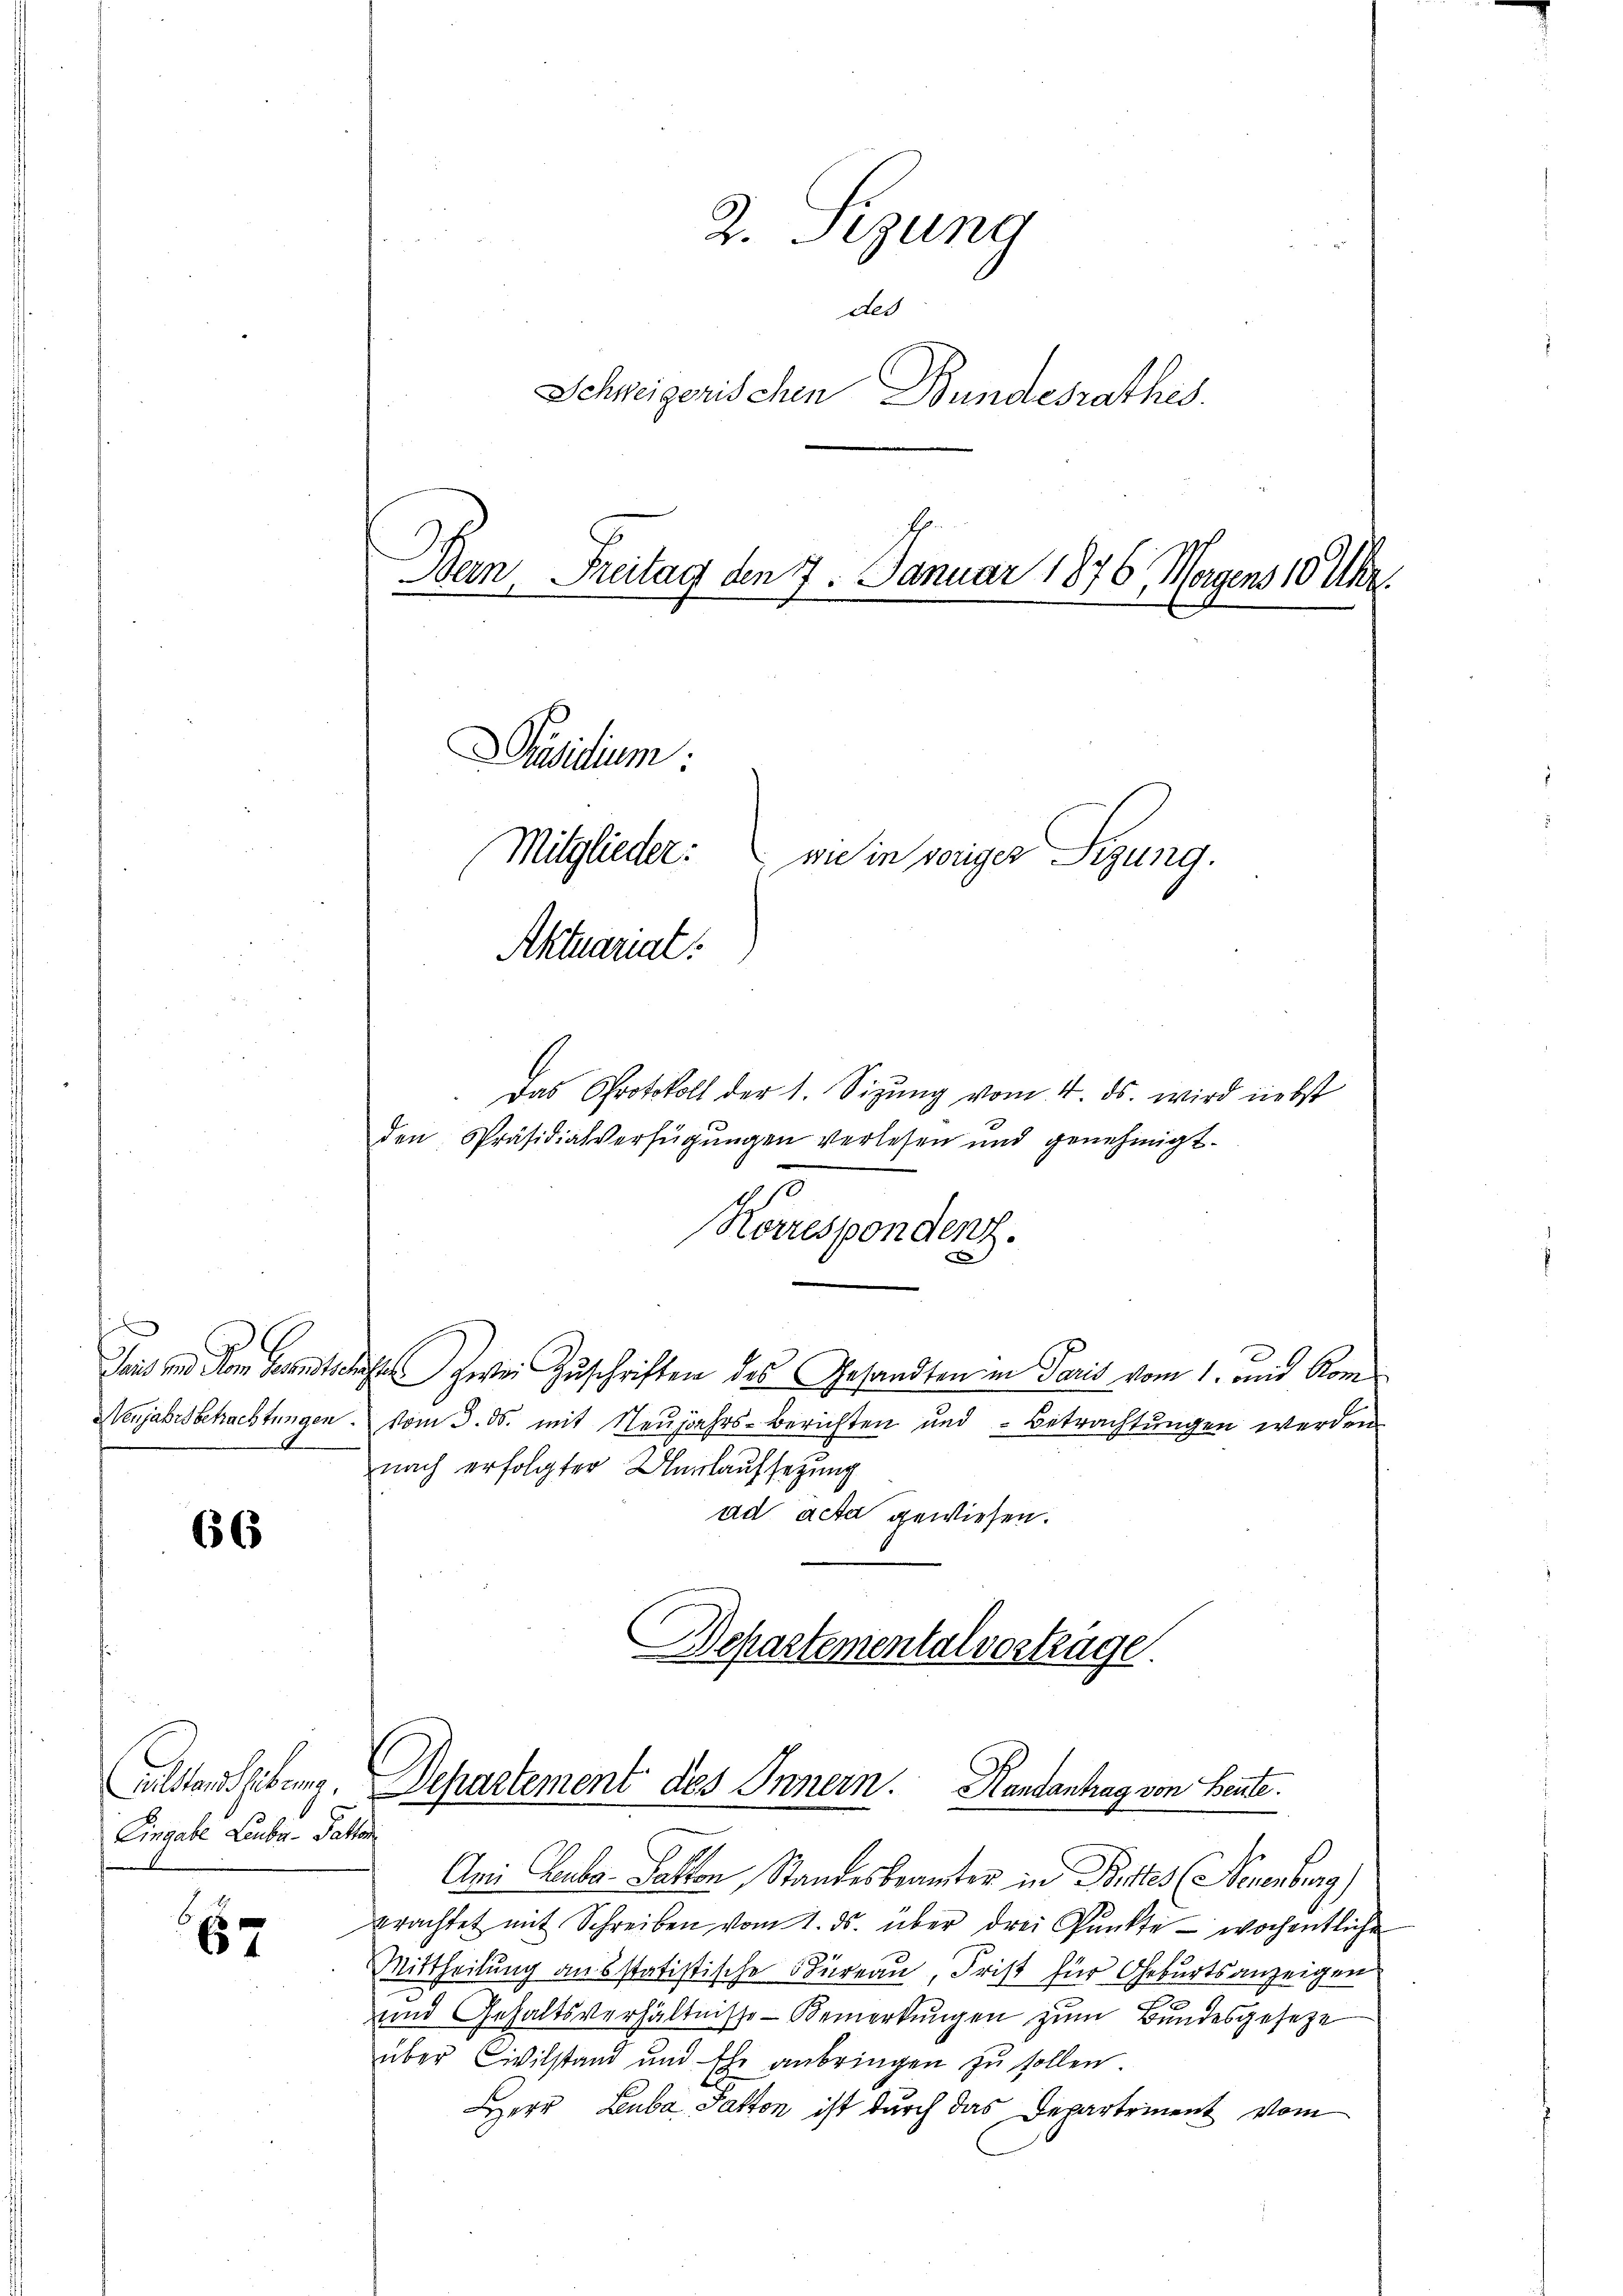
s

66

Gelstandthebung.
Eingabe Leube-Pastor

657

2. Sizung
ded
Schweizerischen Bundesrathes.
Bern, Freitag den 7. Januar 1876, Morgens 10 Uhr.
Präsidium:
Mitglieder:
wie in voriger Sizung.
Aktuariat

Das Protokoll der 1. Sizung vom 4. ds. wird nebst
den Präsidialverfügungen verlesen und genehmigt.
Korrespondenz.
Jais und dem Gesandtschäfte zwei Zuschriften des Gesandten in Paris vom 1. und Kom
Neujahrsschachtungen. vom 3. ds. mit Neujahrs-Berichten und Betrachtungen werden
nach erfolgter Unlaufsetzung
ad acta gewiesen.
Bepartementalvertrüge.

Ami Leube-Paston, Standesbeamter in Bittes (Neuenburg)
prachtet mit Schreiben vom 1. ds. über drei Punkte - wochentliche
Mittheilung ausstatistische Büreau, Frist für Geburtsanzeigen
und Gehaltsverhältnisse Bemerkungen zum Bundesgeseze
über Civilstand und Ehe anbringen zu sollen.
Herr Luba Paston ist durch das Departement vom

Dchartement des Innern. Handantrag von Beute.